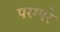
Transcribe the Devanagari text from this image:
परम्परे